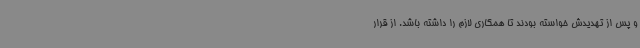
و پس از تهدیدش خواسته بودند تا همکاری لازم را داشته باشد. از قرار